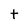
Character: t